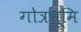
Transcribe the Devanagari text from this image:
गोत्रभूमि